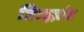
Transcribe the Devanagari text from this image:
जिल्हय़ांत